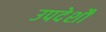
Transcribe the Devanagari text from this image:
उपदेशौं